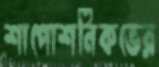
শাপোশনিকভের